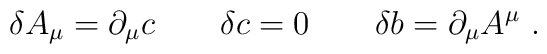
\delta A_\mu =\partial _\mu c \qquad \delta c=0 \qquad \delta b=\partial_\mu A^\mu\ .